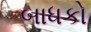
બાધકો